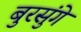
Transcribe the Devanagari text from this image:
बुरसुंगे